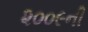
૨૦૦૯ની